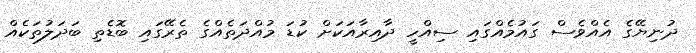
ދުނިޔޭގެ އެއްވެސް ގައުމެއްގައި ސިއްހީ ދާއިރާއަކަށް ކުޑަ މުއްދަތެއްގެ ތެރޭގައި ބޮޑެތި ބަދަލުތަކެއް